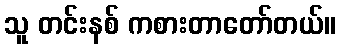
သူ တင်းနစ် ကစားတာတော်တယ်။